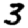
Digit: 3